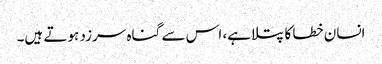
انسان خطا کا پتلا ہے، اس سے گناہ سرزد ہوتے ہیں۔